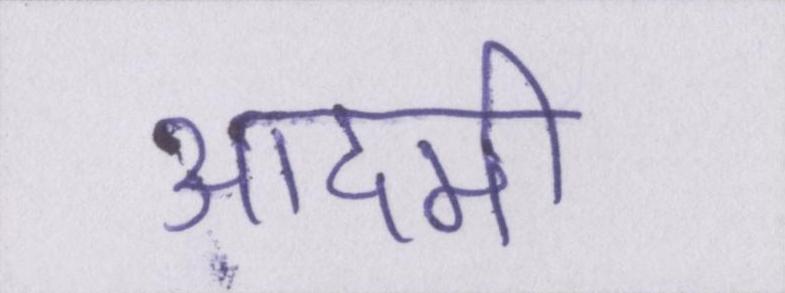
आदमी